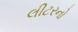
લીટરનો